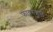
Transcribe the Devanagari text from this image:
फायरवालें